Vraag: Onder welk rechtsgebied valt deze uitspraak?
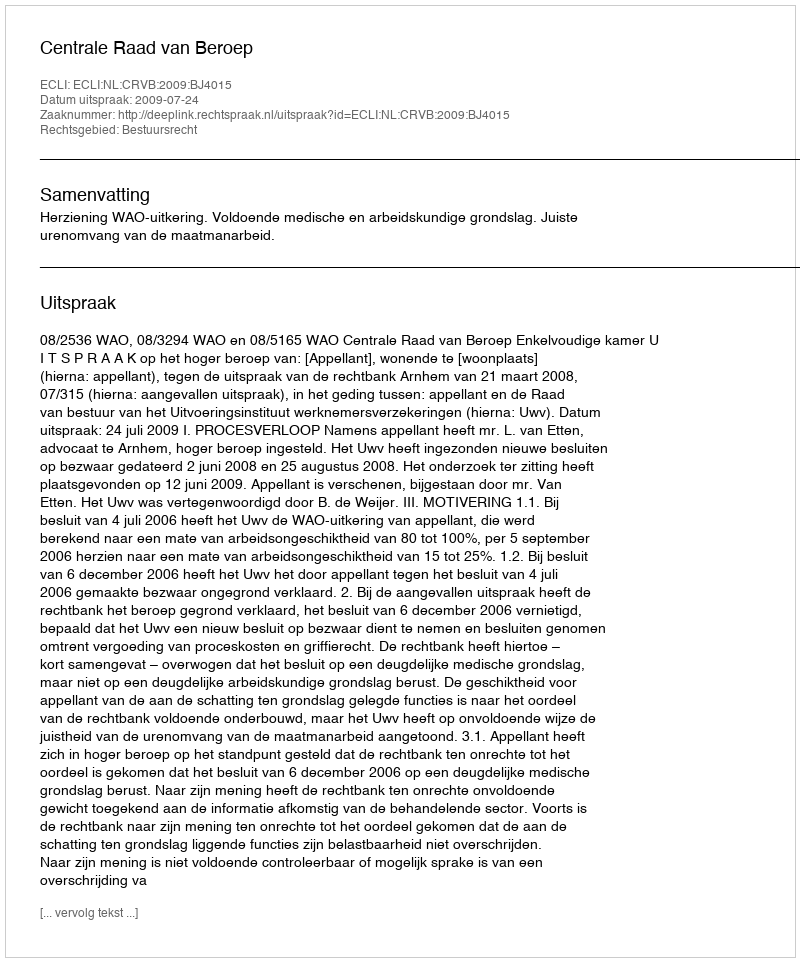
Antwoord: Bestuursrecht